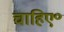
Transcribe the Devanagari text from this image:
चाहिए॰